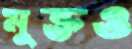
মুক্তও